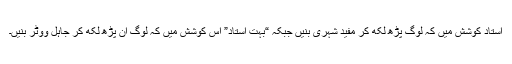
استاد کوشش میں کہ لوگ پڑھ لکھ کر مفید شہری بنیں جبکہ “بہت استاد” اس کوشش میں کہ لوگ ان پڑھ لکھ کر جاہل ووٹر بنیں۔